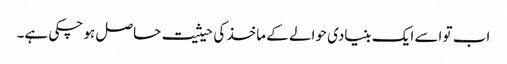
اب تو اسے ایک بنیادی حوالے کے ماخذ کی حیثیت حاصل ہو چکی ہے۔